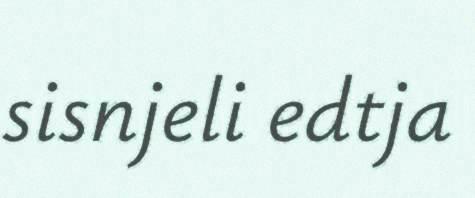
sisnjeli edtja